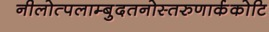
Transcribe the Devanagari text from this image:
नीलोत्पलाम्बुदतनोस्तरुणार्ककोटि